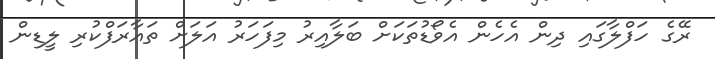
ރޭގެ ހަފްލާގައި ދިން އެހެން އެވޯޑުތަކަށް ބަލާއިރު މިފަހަރު އަލަށް ތައާރަފްކުރި ލީޑިން